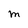
Character: M